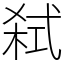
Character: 弑